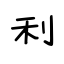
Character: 利